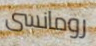
رومانسى